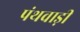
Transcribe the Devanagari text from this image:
पंथवाड़ी